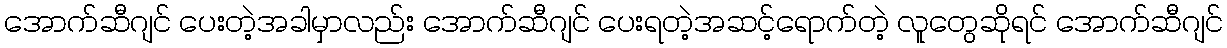
အောက်ဆီဂျင် ပေးတဲ့အခါမှာလည်း အောက်ဆီဂျင် ပေးရတဲ့အဆင့်ရောက်တဲ့ လူတွေဆိုရင် အောက်ဆီဂျင်